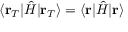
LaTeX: \langle \mathbf { r } _ { T } | { \hat { H } } | \mathbf { r } _ { T } \rangle = \langle \mathbf { r } | { \hat { H } } | \mathbf { r } \rangle